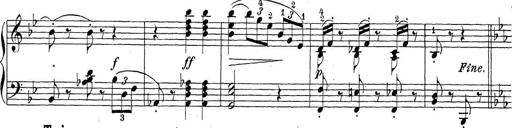
Title: Sonatina Album
Composer: Louis KÃ¶hler